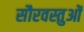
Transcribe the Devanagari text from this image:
सौरवस्तुओं